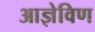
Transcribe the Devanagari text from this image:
आज्ञेविण